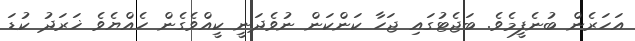
އަހަރެން ބުނެފީމެވެ. ބަޖެޓުގައި ޖަހާ ކަންކަން ނުވެދަނީ ކީއްވެގެން ހެއްޔެވެ ޚަރަދު ކުޑަ